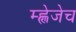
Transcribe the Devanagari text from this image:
म्ह्णेजेच